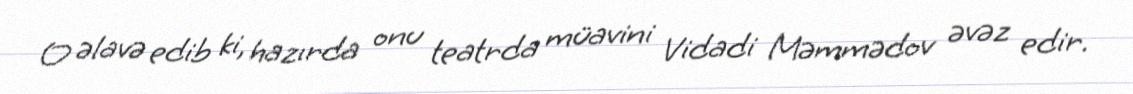
O əlavə edib ki, hazırda onu teatrda müavini Vidadi Məmmədov əvəz edir.